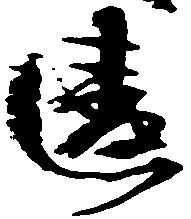
違